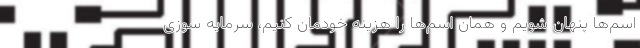
اسم‌ها پنهان شویم و همان اسم‌ها را هزینه خودمان کنیم، سرمایه سوزی